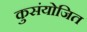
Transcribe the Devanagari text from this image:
कुसंयोजित